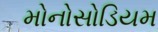
મોનોસોડિયમ